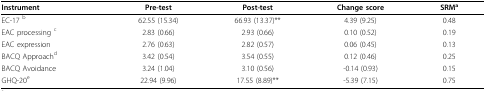
<table><thead><tr><td><b>Instrument</b></td><td><b>Pre-test</b></td><td><b>Post-test</b></td><td><b>Change score</b></td><td><b>SRM<sup>a</sup></b></td></tr></thead><tbody><tr><td>EC-17 <sup>b</sup></td><td>62.55 (15.34)</td><td>66.93 (13.37)**</td><td>4.39 (9.25)</td><td>0.48</td></tr><tr><td>EAC processing <sup>c</sup></td><td>2.83 (0.66)</td><td>2.93 (0.66)</td><td>0.10 (0.52)</td><td>0.19</td></tr><tr><td>EAC expression</td><td>2.76 (0.63)</td><td>2.82 (0.57)</td><td>0.06 (0.45)</td><td>0.13</td></tr><tr><td>BACQ Approach<sup>d</sup></td><td>3.42 (0.54)</td><td>3.54 (0.55)</td><td>0.12 (0.46)</td><td>0.25</td></tr><tr><td>BACQ Avoidance</td><td>3.24 (1.04)</td><td>3.10 (0.56)</td><td>-0.14 (0.93)</td><td>0.15</td></tr><tr><td>GHQ-20<sup>e</sup></td><td>22.94 (9.96)</td><td>17.55 (8.89)**</td><td>-5.39 (7.15)</td><td>0.75</td></tr></tbody></table>